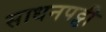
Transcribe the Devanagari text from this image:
साधनपट्टी